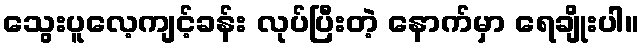
သွေးပူလေ့ကျင့်ခန်း လုပ်ပြီးတဲ့ နောက်မှာ ရေချိုးပါ။